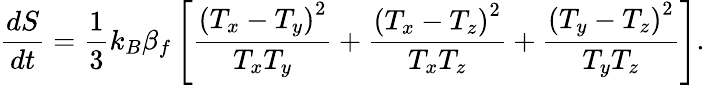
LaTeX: \frac{dS}{dt}=\frac{1}{3}k_{B}\beta_{f}\left[\frac{{(T_{x}-T_{y})}^{2}}{T_{x}T_{y}}+\frac{{(T_{x}-T_{z})}^{2}}{T_{x}T_{z}}+\frac{{(T_{y}-T_{z})}^{2}}{T_{y}T_{z}}\right].